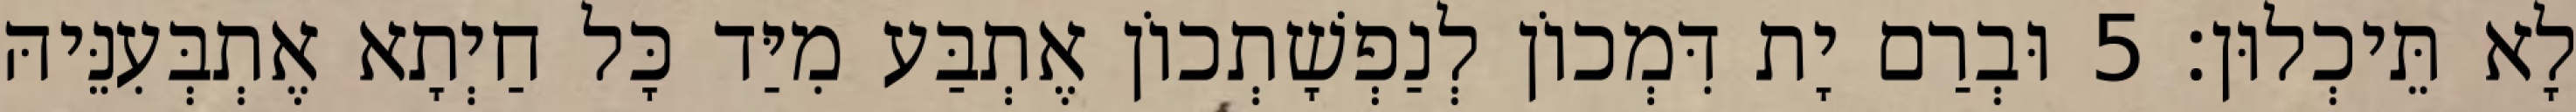
לָא תֵּיכְלוּן׃ 5 וּבְרַם יָת דִּמְכוֹן לְנַפְשָׁתְכוֹן אֶתְבַּע מִיַּד כָּל חַיְתָא אֶתְבְּעִנֵּיהּ